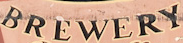
BREWERY